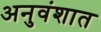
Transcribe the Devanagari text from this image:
अनुवंशात